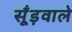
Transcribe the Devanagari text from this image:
सूँड़वाले